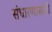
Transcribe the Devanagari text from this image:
संधारणासाठी